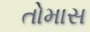
તોમાસ